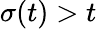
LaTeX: \sigma(t)>t